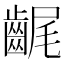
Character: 𪘣